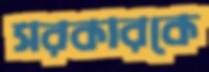
সরকারকে